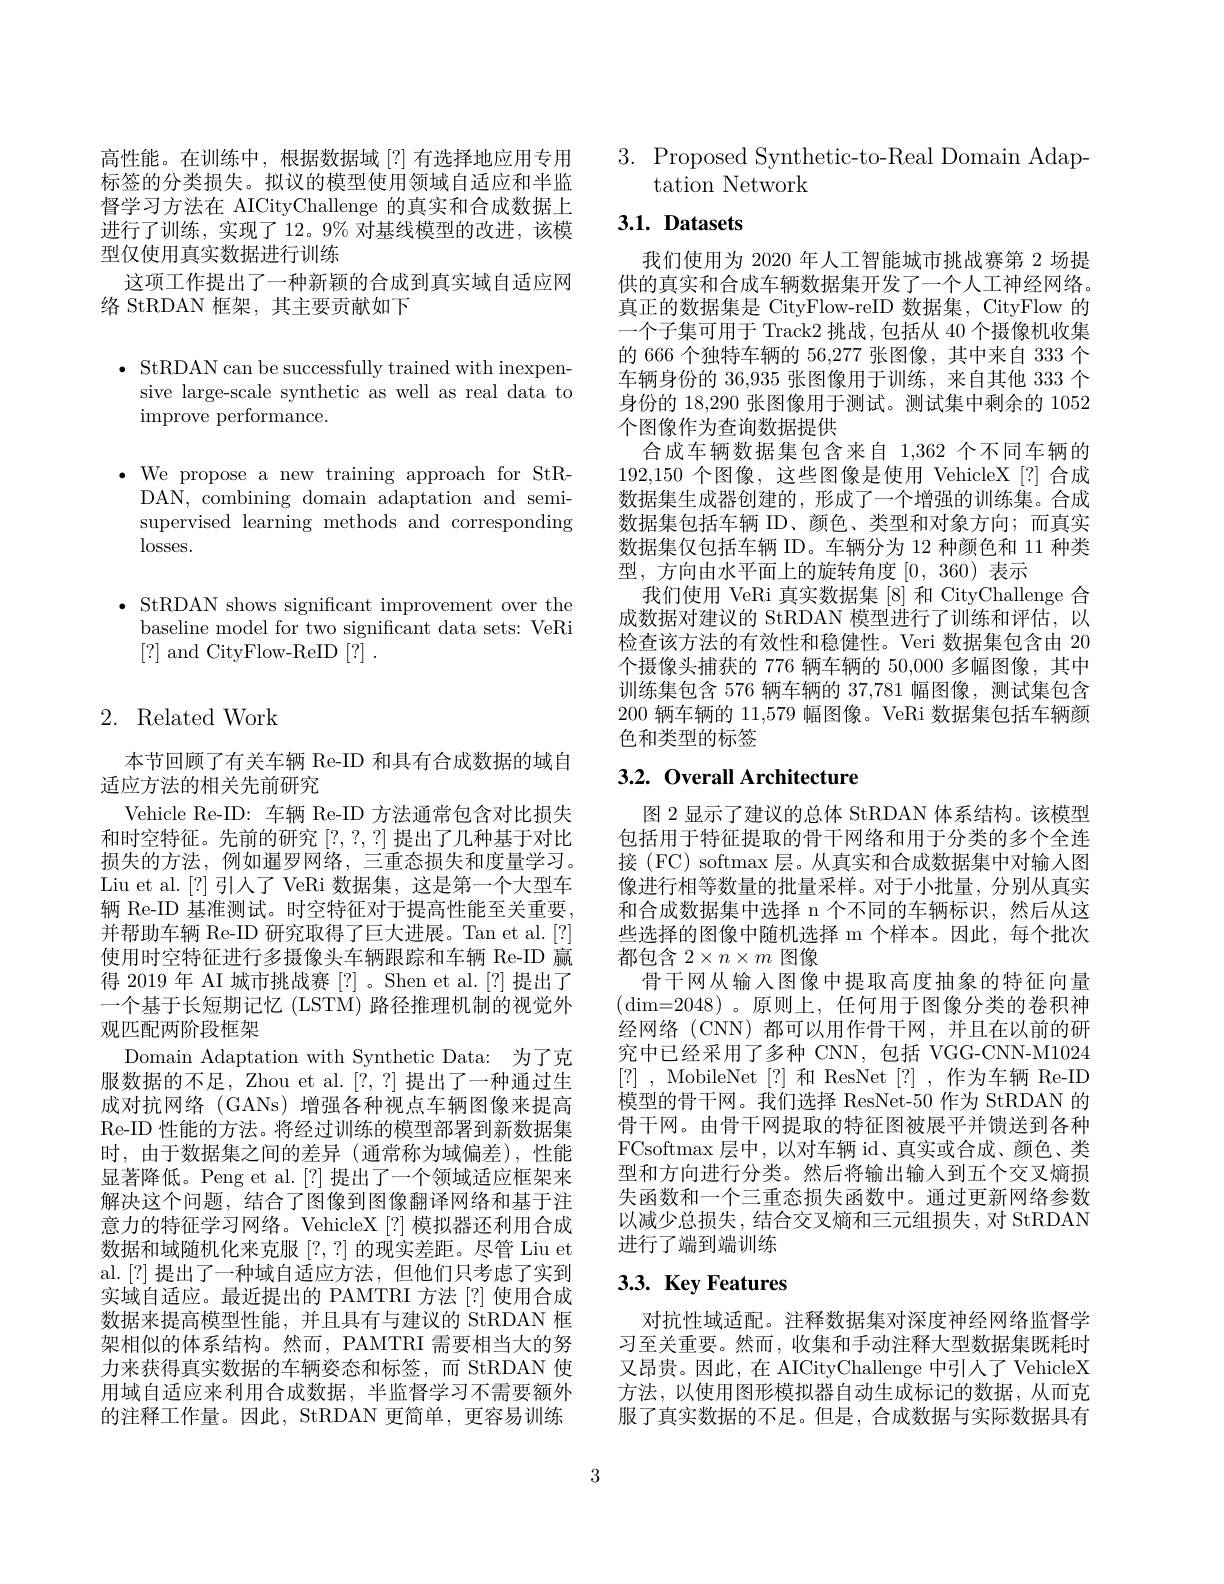
高性能。在训练中，根据数据域[?] 有选择地应用专用标签的分类损失。拟议的模型使用领域自适应和半监督学习方法在 AICityChallenge 的真实和合成数据上进行了训练，实现了12。9% 对基线模型的改进，该模型仅使用真实数据进行训练
这项工作提出了一种新颖的合成到真实域自适应网
络 StRDAN 框架，其主要贡献如下

$\bullet$ StRDAN can be successfully trained with inexpen-
sive large-scale synthetic as well as real data to
${\mathrm{improve~performance.}}$

$\cdot{\mathrm{~We~propose~a~new~training~approach~for~StR-}}$
DAN, combining domain adaptation and semisupervised learning methods and corresponding losses.

$\bullet$ StRDAN shows significant improvement over the
baseline model for two significant data sets: VeRi
[?] and CityFlow-ReID[?].

# 2. Related Work

本节回顾了有关车辆 Re-ID 和具有合成数据的域自
适应方法的相关先前研究
Vehicle Re-ID: 车辆 Re-ID 方法通常包含对比损失和时空特征。先前的研究[?,?,?]提出了几种基于对比损失的方法，例如暹罗网络，三重态损失和度量学习。Liu et al.[?] 引人了 VeRi 数据集，这是第一个大型车辆 Re-ID 基准测试。时空特征对于提高性能至关重要， 并帮助车辆 Re-ID 研究取得了巨大进展。Tan et al.[?] 使用时空特征进行多摄像头车辆跟踪和车辆 Re-ID 赢得 2019 年 AI 城市挑战赛 [?]。Shen et al.[?] 提出了一个基于长短期记忆 (LSTM) 路径推理机制的视觉外观匹配两阶段框架
Domain Adaptation with Synthetic Data: 为了克服数据的不足，Zhou et al. [?,?]提出了一种通过生成对抗网络 (GANs)增强各种视点车辆图像来提高Re-ID 性能的方法。将经过训练的模型部署到新数据集时，由于数据集之间的差异(通常称为域偏差),性能显著降低。Peng et al.[?] 提出了一个领域适应框架来解决这个问题，结合了图像到图像翻译网络和基于注意力的特征学习网络。VehicleX[?] 模拟器还利用合成数据和域随机化来克服[?,?]的现实差距。尽管 Liu et al.[?]提出了一种域自适应方法，但他们只考虑了实到实域自适应。最近提出的 PAMTRI 方法[?] 使用合成数据来提高模型性能，并且具有与建议的 StRDAN 框架相似的体系结构。然而，PAMTRI 需要相当大的努力来获得真实数据的车辆姿态和标签，而 StRDAN 使用域自适应来利用合成数据，半监督学习不需要额外的注释工作量。因此，StRDAN 更简单，更容易训练

3. Proposed Synthetic-to-Real Domain Adap-
## tation Network

# 3.1. Datasets

我们使用为 2020 年人工智能城市挑战赛第 2 场提供的真实和合成车辆数据集开发了一个人工神经网络。真正的数据集是 CityFlow-reID 数据集，CityFlow 的一个子集可用于 Track2 挑战，包括从 40 个摄像机收集的 666 个独特车辆的 56,277 张图像，其中来自 333 个车辆身份的 36,935 张图像用于训练，来自其他 333 个身份的 18,290 张图像用于测试。测试集中剩余的 1052个图像作为查询数据提供
合成车辆数据集包含来自 1,362 个不同车辆的192,150个图像，这些图像是使用 VehicleX[?] 合成数据集生成器创建的，形成了一个增强的训练集。合成数据集包括车辆 ID、颜色、类型和对象方向；而真实数据集仅包括车辆 ID。车辆分为 12 种颜色和 11 种类型，方向由水平面上的旋转角度[0,360)表示
我们使用 VeRi 真实数据集[8] 和 CityChallenge 合成数据对建议的 StRDAN 模型进行了训练和评估，以检查该方法的有效性和稳健性。Veri 数据集包含由 20个摄像头捕获的 776 辆车辆的 50,000 多幅图像，其中训练集包含 576 辆车辆的 37,781 幅图像，测试集包含200 辆车辆的 11,579 幅图像。VeRi 数据集包括车辆颜色和类型的标签

# 3.2. Overall Architecture

图 2 显示了建议的总体 StRDAN 体系结构。该模型包括用于特征提取的骨干网络和用于分类的多个全连接 (FC) softmax 层。从真实和合成数据集中对输入图像进行相等数量的批量采样。对于小批量，分别从真实和合成数据集中选择 n 个不同的车辆标识，然后从这些选择的图像中随机选择 m 个样本。因此，每个批次都包含$2\times n\times m$图像
骨干网从输入图像中提取高度抽象的特征向量$(\dim=2048)$。原则上，任何用于图像分类的卷积神经网络(CNN)都可以用作骨干网，并且在以前的研究中已经采用了多种 CNN,包括 VGG-CNN-M1024 [?] , ${\mathrm{MobileNet~[ ? ] ~}}$和 ResNet [?] ,作为车辆 Re-ID 模型的骨干网。我们选择 ResNet-50 作为 StRDAN 的骨干网。由骨干网提取的特征图被展平并馈送到各种FCsoftmax 层中，以对车辆 id、真实或合成、颜色、类型和方向进行分类。然后将输出输人到五个交叉熵损失函数和一个三重态损失函数中。通过更新网络参数以减少总损失，结合交叉熵和三元组损失，对 StRDAN 进行了端到端训练

# 3.3. Key Features

对抗性域适配。注释数据集对深度神经网络监督学习至关重要。然而，收集和手动注释大型数据集既耗时又昂贵。因此，在 AICityChallenge 中引人了 VehicleX 方法，以使用图形模拟器自动生成标记的数据，从而克服了真实数据的不足。但是，合成数据与实际数据具有

3